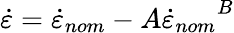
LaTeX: \dot{\varepsilon}=\dot{\varepsilon}_{nom}-A{\dot{\varepsilon}_{nom}}^{B}